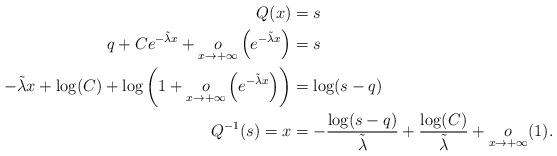
LaTeX: \begin{align*}Q(x)&=s \\q+Ce^{-\tilde{\lambda}x}+\underset{x\rightarrow+\infty}{o}\left(e^{-\tilde{\lambda}x}\right)&=s\\-\tilde{\lambda}x+\log(C)+\log\left(1+\underset{x\rightarrow+\infty}{o}\left(e^{-\tilde{\lambda}x}\right)\right)&=\log(s-q) \\Q^{-1}(s)=x&=-\frac{\log(s-q)}{\tilde{\lambda}}+\frac{\log(C)}{\tilde{\lambda}}+\underset{x\rightarrow+\infty}{o}(1).\end{align*}